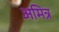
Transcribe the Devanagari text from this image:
अमित्र